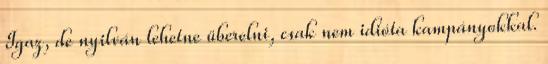
Igaz, de nyilván lehetne überelni, csak nem idióta kampányokkal.